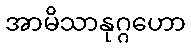
အာမိသာနုဂ္ဂဟော